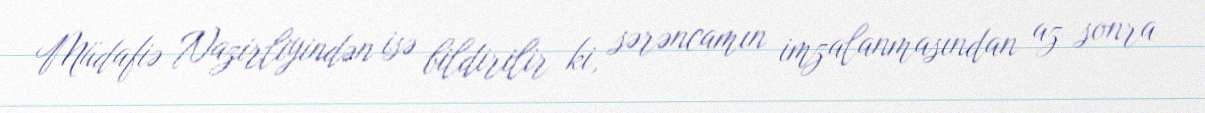
Müdafiə Nazirliyindən isə bildirilir ki, sərəncamın imzalanmasından az sonra